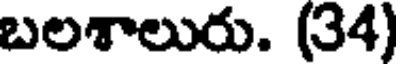
బలశాలురు. (34)